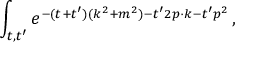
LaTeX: \int _ { t , t ^ { \prime } } e ^ { - ( t + t ^ { \prime } ) ( k ^ { 2 } + m ^ { 2 } ) - t ^ { \prime } 2 p \cdot k - t ^ { \prime } p ^ { 2 } } \, ,